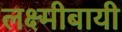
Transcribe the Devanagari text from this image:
लक्ष्मीबायी